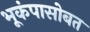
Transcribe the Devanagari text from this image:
भूकंपासोबत